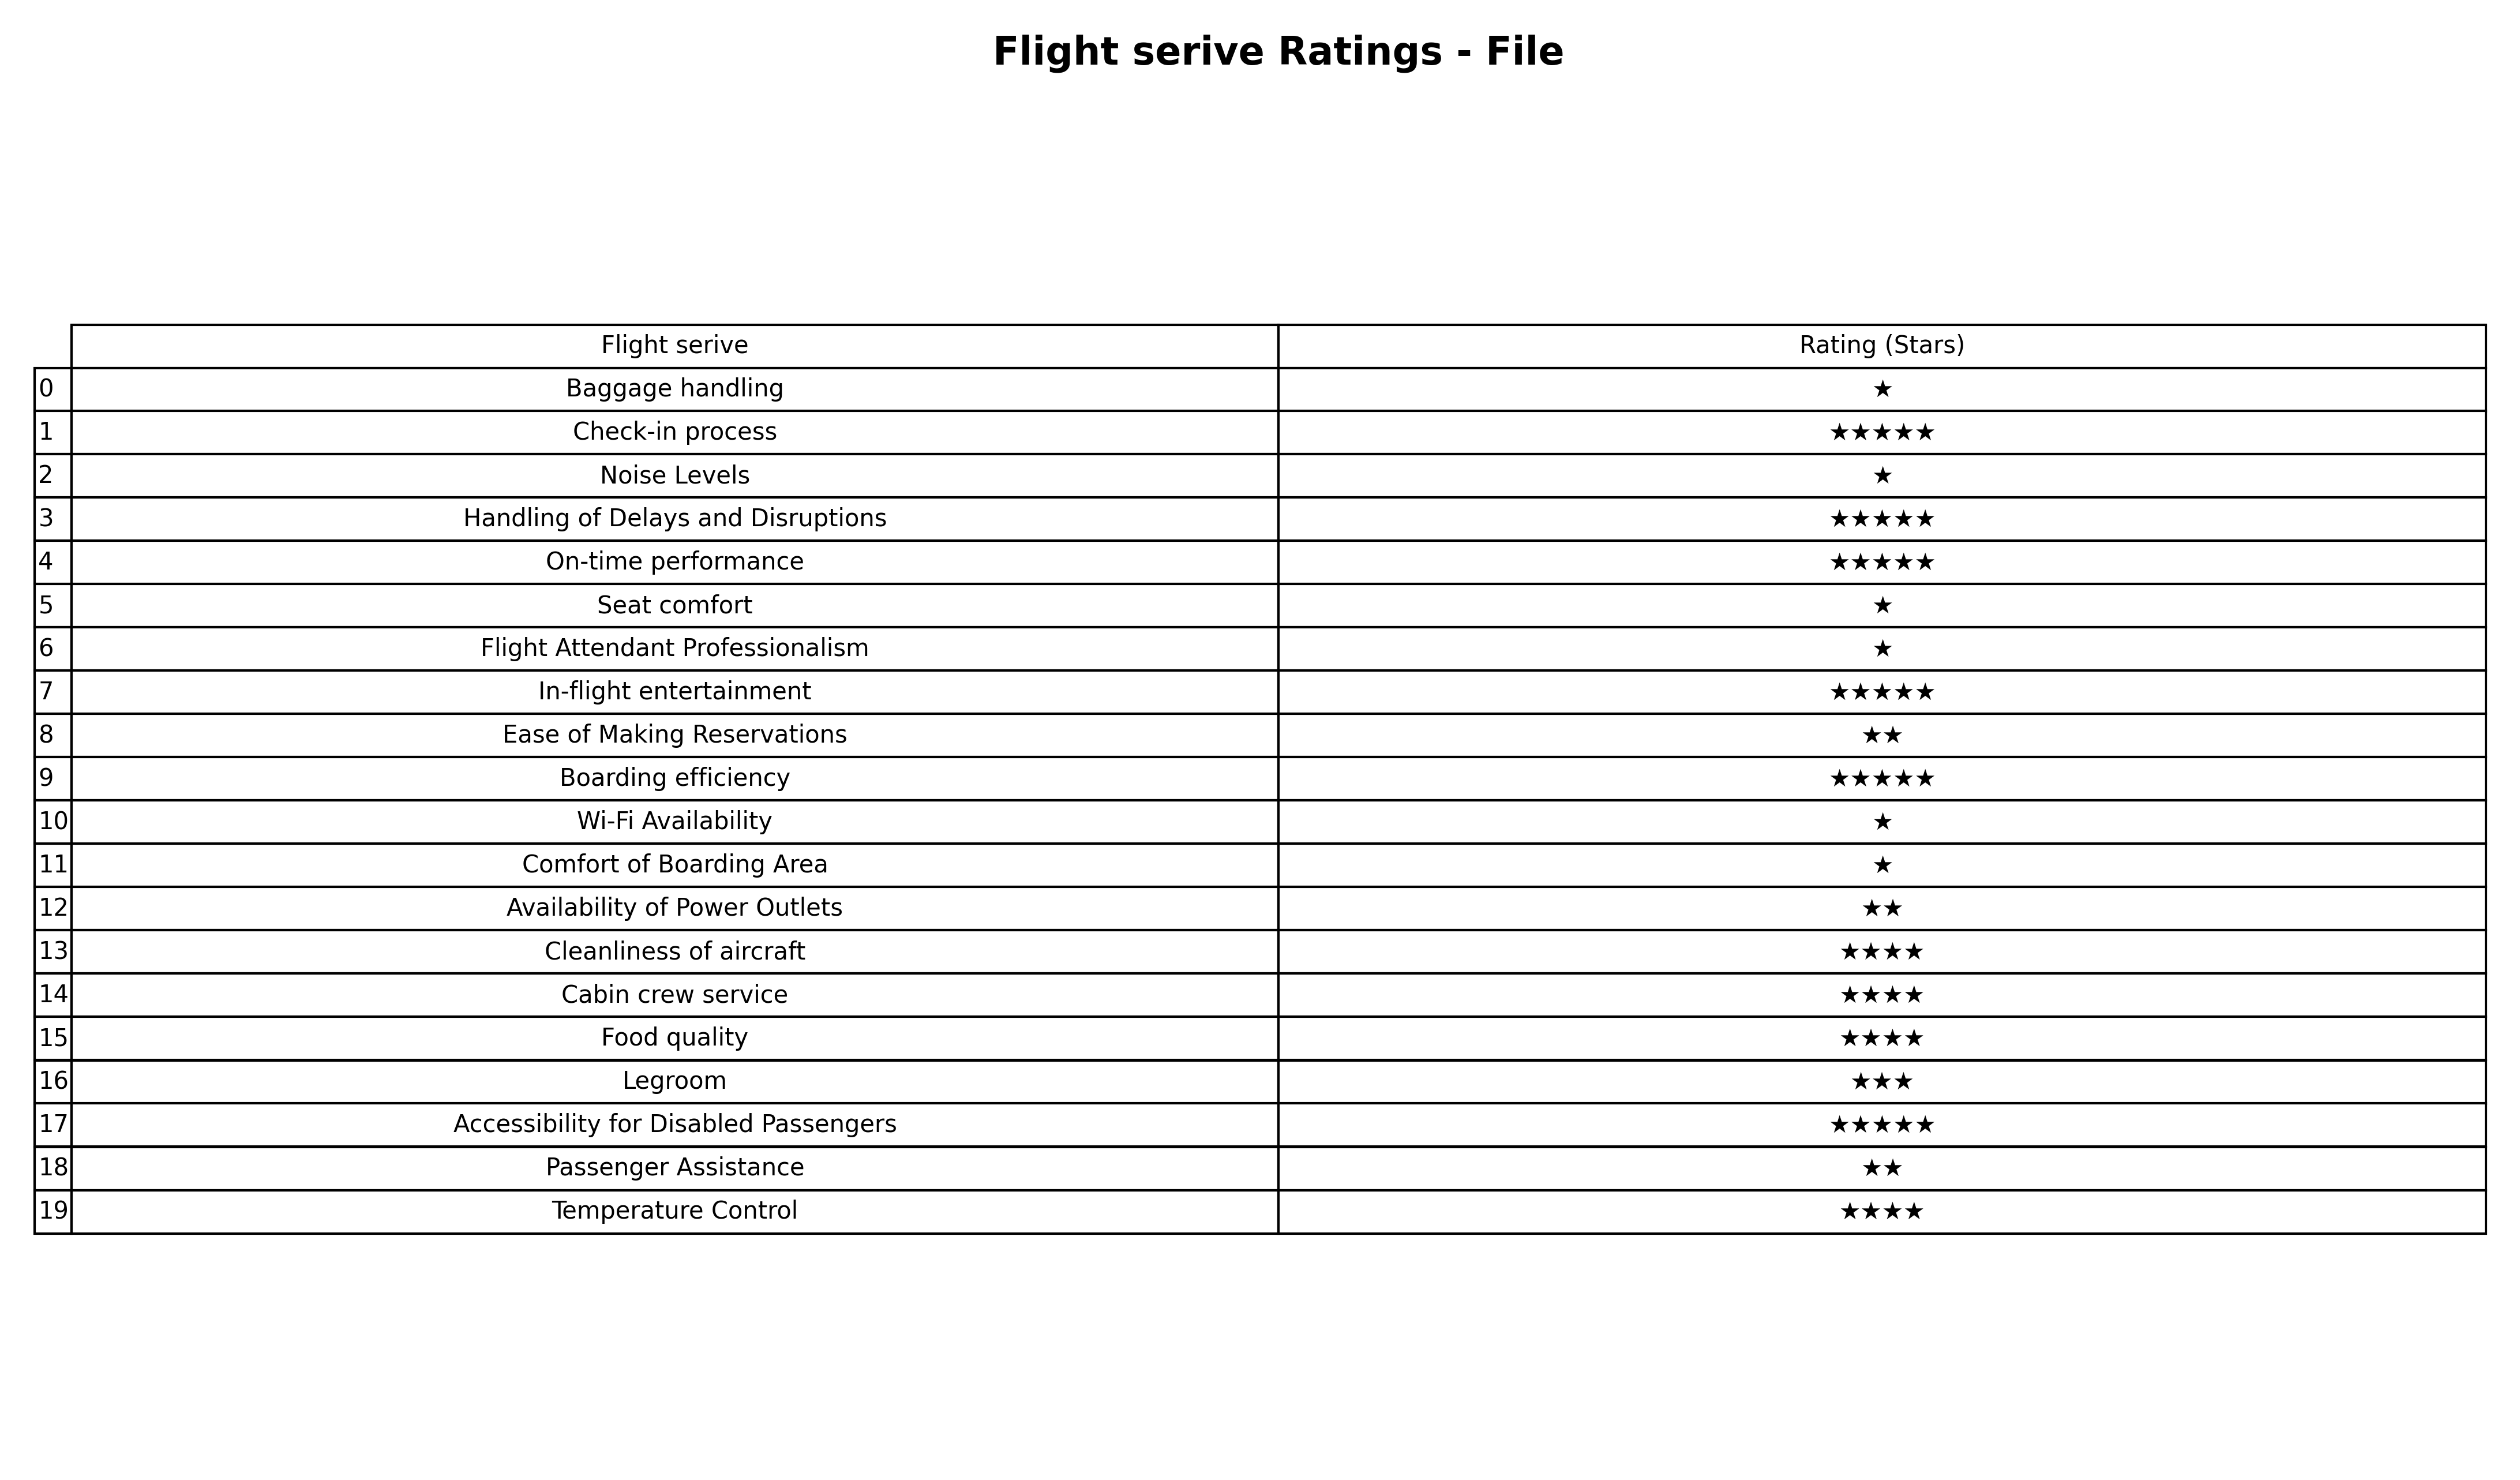
question: Which services are rated average?
answer: Legroom